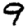
Digit: 9